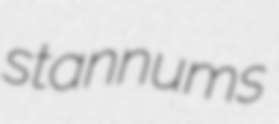
stannums